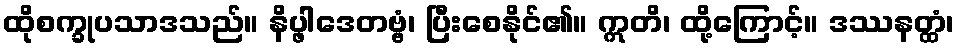
ထိုစက္ခုပသာဒသည်။ နိပ္ဖါဒေတဗ္ဗံ၊ ပြီးစေနိုင်၏။ ဣတိ၊ ထို့ကြောင့်။ ဒဿနတ္ထံ၊